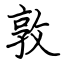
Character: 敦